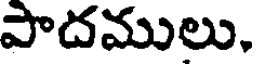
పాదములు.